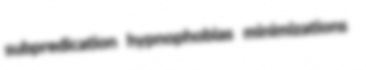
subpredication hypnophobias minimizations